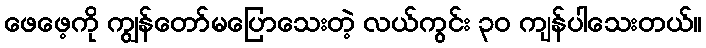
ဖေဖေ့ကို ကျွန်တော်မပြောသေးတဲ့ လယ်ကွင်း ၃၀ ကျန်ပါသေးတယ်။